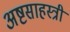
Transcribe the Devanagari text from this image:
अष्टसाहस्त्री